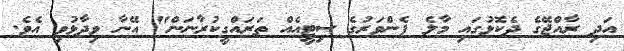
އަދި ރާއްޖޭގެ ދެކޮޅުގައި މާލެ ފެންވަރުގެ ސިޓީއެއް ތަރައްގީކުރާނަން" އޭނާ ވިދާޅުވި އެވެ.